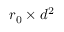
r _ { 0 } \times d ^ { 2 }